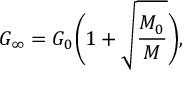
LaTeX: G _ { \infty } = G _ { 0 } \biggl ( 1 + \sqrt { \frac { M _ { 0 } } { M } } \biggr ) ,